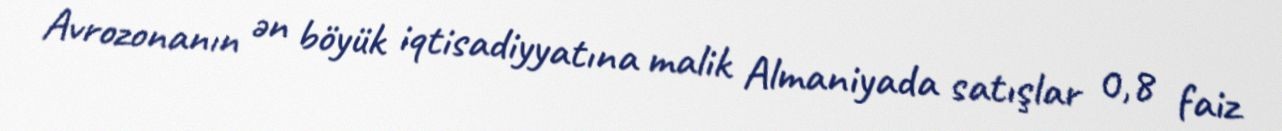
Avrozonanın ən böyük iqtisadiyyatına malik Almaniyada satışlar 0,8 faiz